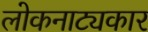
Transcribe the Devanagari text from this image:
लोकनाट्यकार